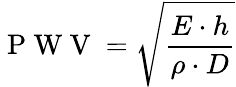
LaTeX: \mathrm{~P~W~V~}=\sqrt{\frac{E\cdot h}{\rho\cdot D}}